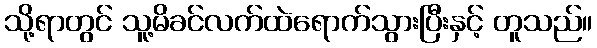
သို့ရာတွင် သူ့မိခင်လက်ထဲရောက်သွားပြီးနှင့် တူသည်။